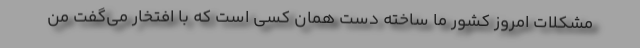
مشکلات امروز کشور ما ساخته دست همان کسی است که با افتخار می‌گفت من